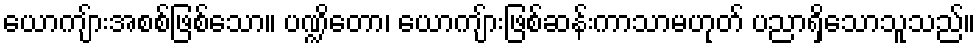
ယောကျ်ားအစစ်ဖြစ်သော။ ပဏ္ဍိတော၊ ယောကျ်ားဖြစ်ဆန်းကာသာမဟုတ် ပညာရှိသောသူသည်။